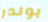
بولدر